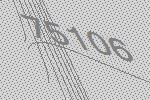
75106